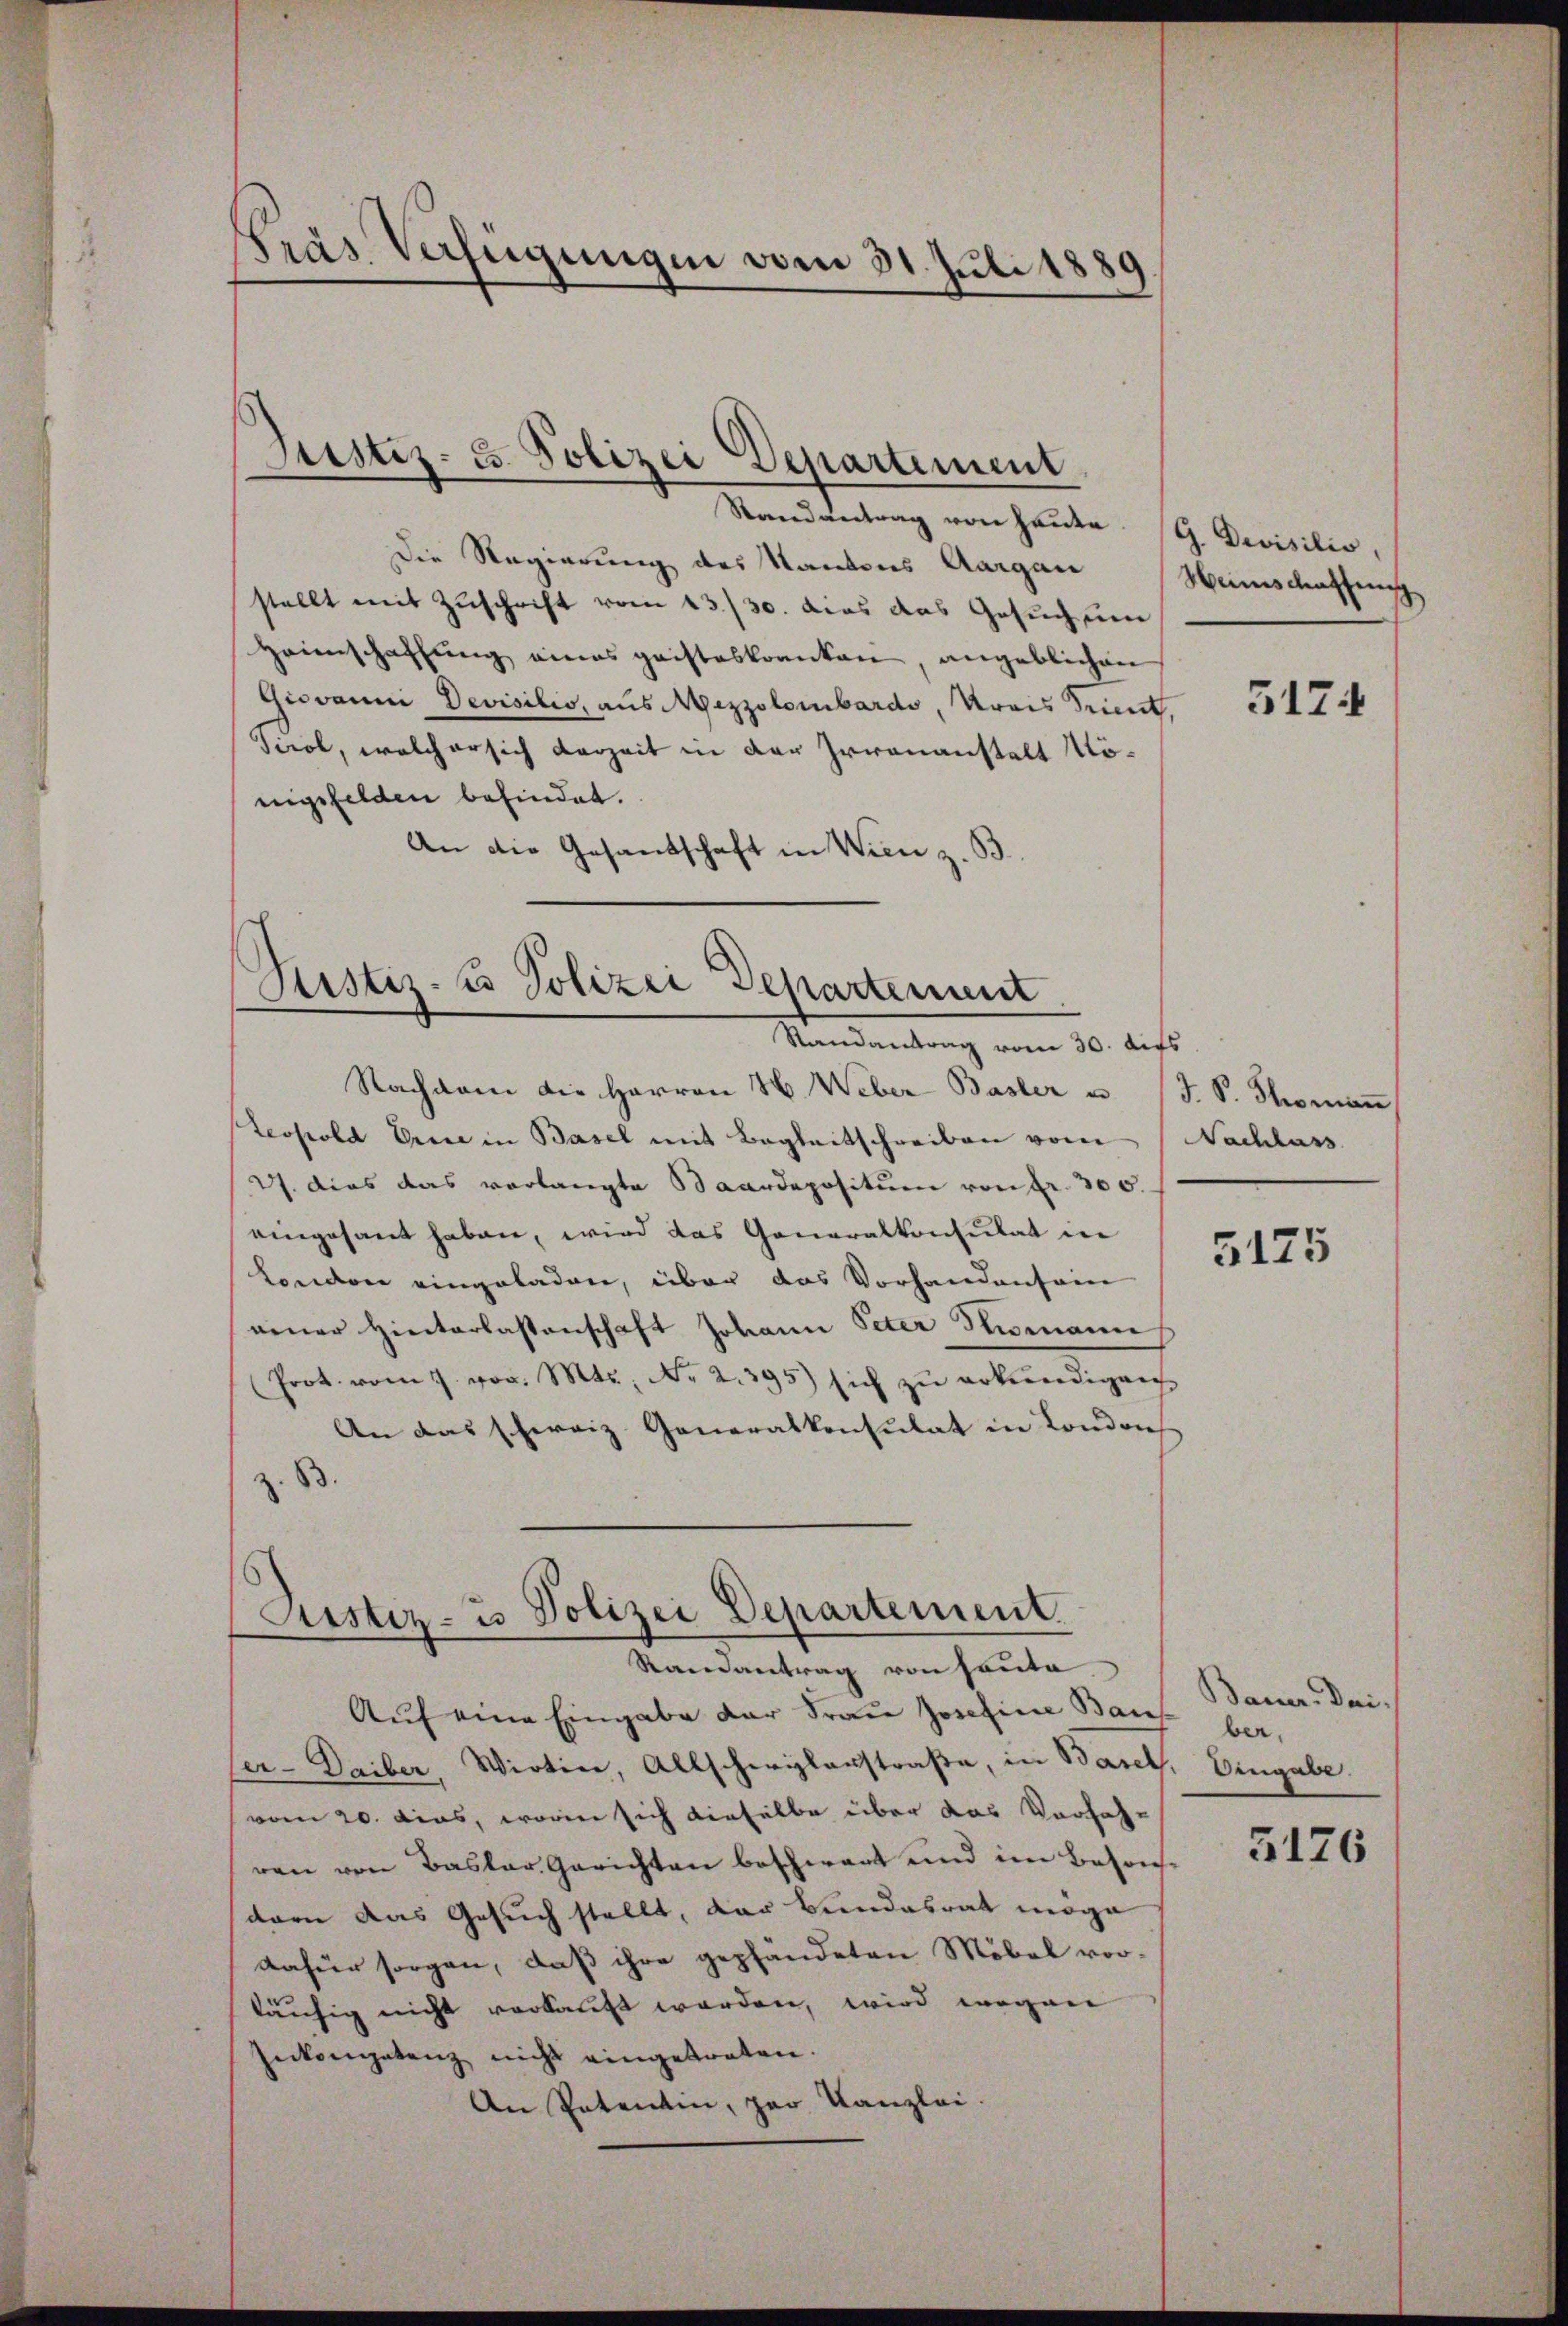
Pras Verfügungen vom 31. Juli 1889

¬
Justiz- u. Polizei Departement

Stand vertrag von Haute
Die Regierung des Kantons Aargau
stellt mit Zuschrift vom 13./30. das das Gesuch um
Heimschaffung eines geisteskranken angeblichen
Giovanni Devisilio, aus Mezzolombardo, Krais Trient,
Tirol, welcher sich derzeit in der Irrenanstalt Nönigsfelden befindet.
An die Gesandschaft in Wien z. B.

Ristiz- u Polizei Departement
Randantrag vom 30. Aufs

Nachdem die Herren H. Weber Basler u. (T. S. Thoman
Leopold Erice in Basel mit Begleitschreiben vom Nachlass
27. dies das verlangte Baardepositum von fr. 300.
eingesant haben, wird das Generalkonsulat in
kondere eingeladen, über das Vorhandensein
einer Hinterlassenschaft Johann Peter Stimann
(Prot. vom 7. vor. Mts. No 2.395) sich zŭ erkundigen
An das schweiz. Generalkonsulat in London
z. B.

Justiz- u. Polizei Departement.

Randantrag von Hauta
Auf eine Eingabe der Frau Josefine Baus
er-Daiber, Wirtin, Allschwylerstraße, in Baret. Eingabe.
vom 20. dies, worin sich dieselbe über das Vorfahren von Basler Gerichten beschwart und im Besond
dern das Gesuch stellt, der Bundesrat möge
dafür sorgen, daß ihre gepfandeten Möbel vorläufig nicht verkauft werden, wird wegen
Inkongatenz nicht eingetraten.
An Patentin, per Kanzlei.

G. Devisilio,
Weinschaffung
5174

5175

Bauer. Dei
ber.

5176